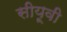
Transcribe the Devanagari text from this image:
सीयूवी